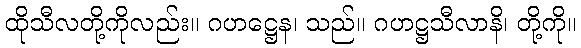
ထိုသီလတို့ကိုလည်း။ ဂဟဋ္ဌေန၊ သည်။ ဂဟဋ္ဌသီလာနိ၊ တို့ကို။